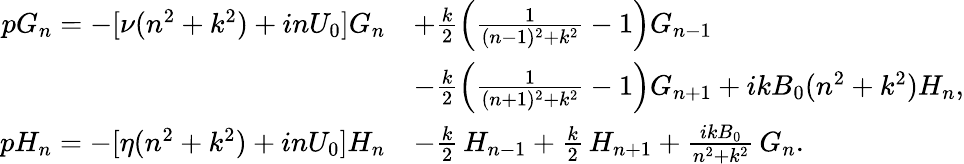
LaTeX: \begin{array}{rl}{pG_{n}=-[\nu(n^{2}+k^{2})+inU_{0}]G_{n}}&{+\frac{k}{2}\left(\frac{1}{(n-1)^{2}+k^{2}}-1\right)G_{n-1}}\\ &{-\frac{k}{2}\left(\frac{1}{(n+1)^{2}+k^{2}}-1\right)G_{n+1}+ikB_{0}(n^{2}+k^{2})H_{n},}\\ {pH_{n}=-[\eta(n^{2}+k^{2})+inU_{0}]H_{n}}&{-\frac{k}{2}\, H_{n-1}+\frac{k}{2}\, H_{n+1}+\frac{ikB_{0}}{n^{2}+k^{2}}\, G_{n}.}\end{array}